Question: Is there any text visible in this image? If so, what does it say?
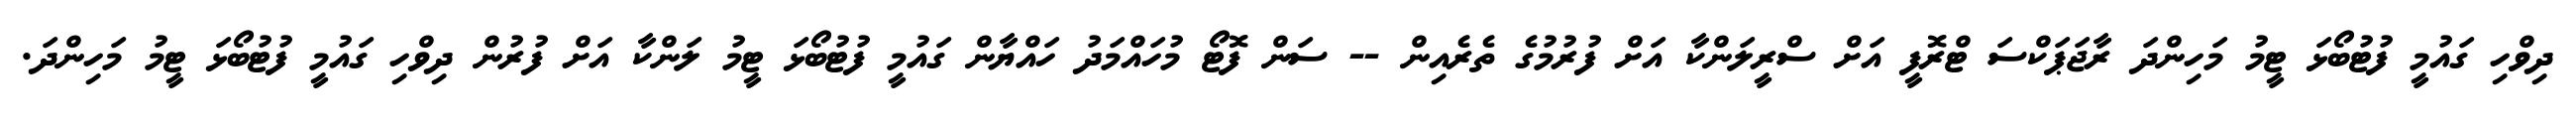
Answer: ދިވްހި ގައުމީ ފުޓުބޯޅަ ޓީމު މަހިންދަ ރާޖަޕަކްސަ ޓްރޮފީ އަށް ސްރީލަންކާ އަށް ފުރުމުގެ ތެރެއިން -- ސަން ފޮޓޯ މުހައްމަދު ހައްޔާން ގައުމީ ފުޓުބޯޅަ ޓީމު ލަންކާ އަށް ފުރުން ދިވްހި ގައުމީ ފުޓުބޯޅަ ޓީމު މަހިންދަ.